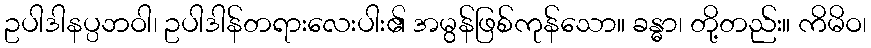
ဥပါဒါနပ္ပဘဝါ၊ ဥပါဒါန်တရားလေးပါး၏ အမွန်ဖြစ်ကုန်သော။ ခန္ဓာ၊ တို့တည်း။ ကိမိဝ၊